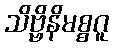
သိဗ္ဗိနိမစ္စဂူ